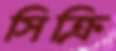
সিক্রি